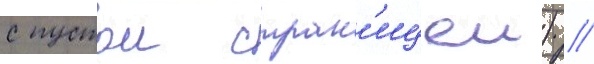
с пустои стран'ицеи) /